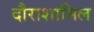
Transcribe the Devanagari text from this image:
दौराशामिल